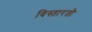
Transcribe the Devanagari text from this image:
विस्तारतो